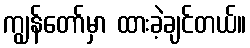
ကျွန်တော်မှာ ထားခဲ့ချင်တယ်။